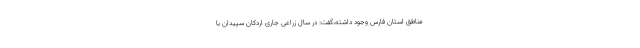
مناطق استان فارس وجود داشته،گفت: در سال زراعی جاری اردکان سپیدان با